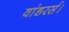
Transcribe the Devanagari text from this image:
वांडरर्स।